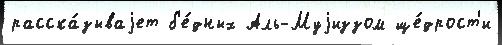
расска́зываjет б'е́дных Аль-Муjиззом ще́дрост'и